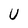
Character: U